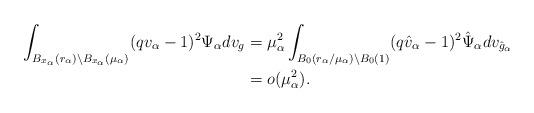
LaTeX: \begin{align*} \int_{B_{x_\alpha}(r_\alpha)\backslash B_{x_\alpha}(\mu_\alpha)} (qv_\alpha-1)^2 \Psi_\alpha dv_g & = \mu_\alpha^2 \int_{B_0(r_\alpha/\mu_\alpha)\backslash B_0(1)}(q\hat{v}_\alpha-1)^2 \hat{\Psi}_\alpha dv_{\hat{g}_\alpha}\\ & = o(\mu_\alpha^2). \end{align*}